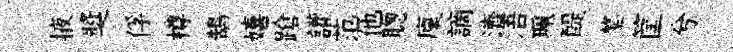
掖奬俘樽鵠嬉蹌讙范他聦廩謫濟浯珮醍鏊筐兮